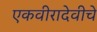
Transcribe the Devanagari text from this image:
एकवीरादेवीचे